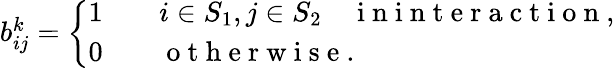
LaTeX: \begin{array}{r}{b_{ij}^{k}=\left\{ \begin{array}{ll}{1\qquad i\in S_{1},j\in S_{2}\quad\mathrm{~i~n~i~n~t~e~r~a~c~t~i~o~n~},}\\ {0\qquad\mathrm{~o~t~h~e~r~w~i~s~e~}.}\end{array}\right.}\end{array}